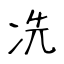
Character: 冼